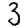
Digit: 3